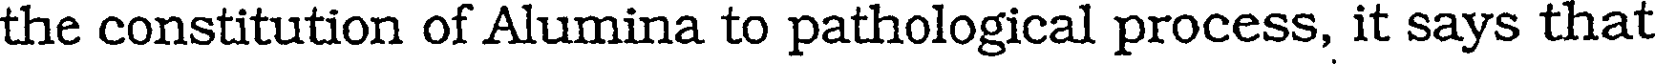
the constitution of Alumina to pathological process, it says that